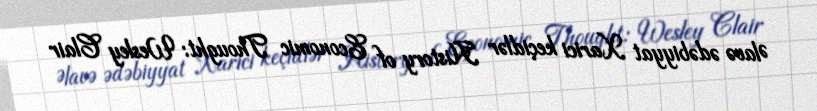
Əlavə ədəbiyyat Xarici keçidlər History of Economic Thought: Wesley Clair